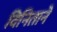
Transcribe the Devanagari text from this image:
विनिताने